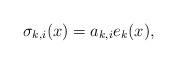
LaTeX: \begin{align*} \sigma_{k, i}(x) = a_{k, i} e_{k}(x) ,\end{align*}